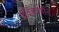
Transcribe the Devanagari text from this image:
प्रवेशहानि